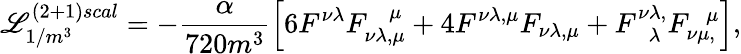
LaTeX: {\cal\mathscr{L}}_{1/m^{3}}^{(2+1)scal}=-\frac{{\alpha}}{{720m^{3}}}\left[6F^{\nu\lambda}F_{\nu\lambda,\mu}^{~~~~\mu}+4F^{\nu\lambda,\mu}F_{\nu\lambda,\mu}+F_{~~~\lambda}^{\nu\lambda,}F_{\nu\mu,}^{~~~\mu}\right],